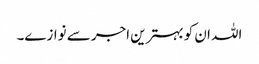
اللہ ان کو بہترین اجر سے نوازے۔